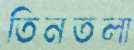
তিনতলা